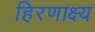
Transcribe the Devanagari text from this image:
हिरणाक्ष्य